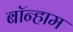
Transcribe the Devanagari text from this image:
बॉन्हाम